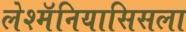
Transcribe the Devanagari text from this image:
लेश्मॅनियासिसला